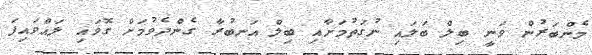
މެންބަރުން ވަނީ ބިލް ބަލައި ނުގަތުމަށާއި ބިލް އަނބުރާ ގެންދެވުމަށް ގޮވައި ލައްވައިފަ